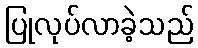
ပြုလုပ်လာခဲ့သည်